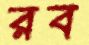
রব